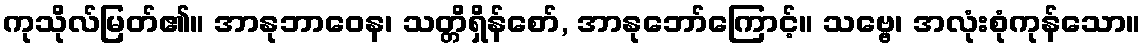
ကုသိုလ်မြတ်၏။ အာနုဘာဝေန၊ သတ္တိရှိန်စော်, အာနုဘော်ကြောင့်။ သဗ္ဗေ၊ အလုံးစုံကုန်သော။